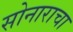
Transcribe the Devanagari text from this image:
सोनाराचा